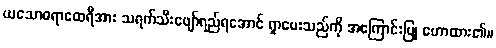
ယသောဓရာထေရီအား သရက်သီးဖျော်ရည်ရအောင် ရှာပေးသည်ကို အကြောင်းပြု ဟောထား၏။